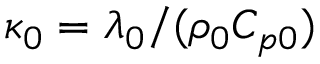
\kappa _ { 0 } = \lambda _ { 0 } / ( \rho _ { 0 } C _ { p 0 } )